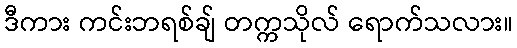
ဒီကား ကင်းဘရစ်ချ် တက္ကသိုလ် ရောက်သလား။